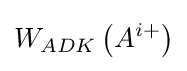
W_{ADK}\left(A^{i+}\right)